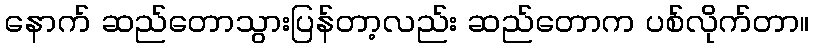
နောက် ဆည်တောသွားပြန်တာ့လည်း ဆည်တောက ပစ်လိုက်တာ။